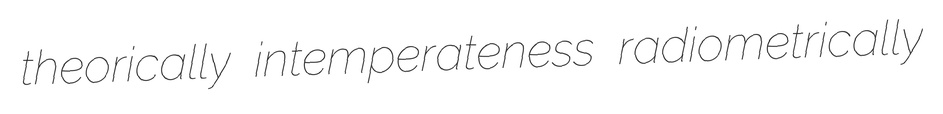
theorically intemperateness radiometrically